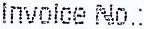
INVOICE NO.: